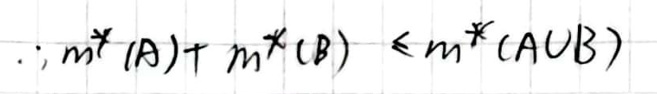
$\therefore m^{*}(A)+m^{*}(B)\leq m^{*}(A\cup B)$